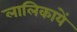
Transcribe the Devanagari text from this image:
लालिकायें